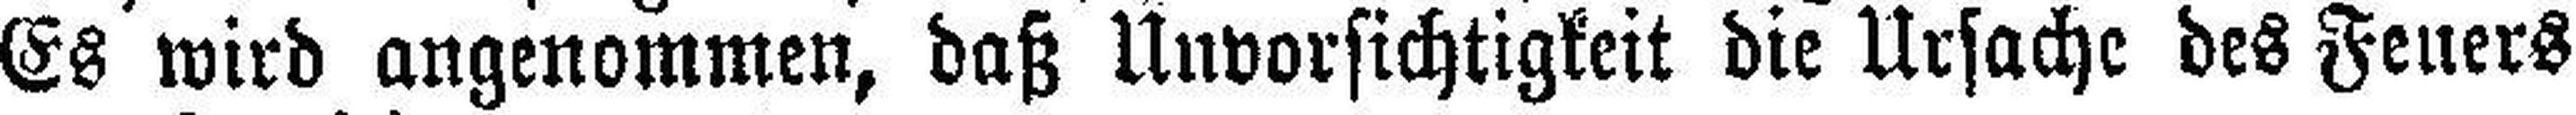
Es wird angenommen, daß Unvorsichtigkeit die Ursache des Feuers